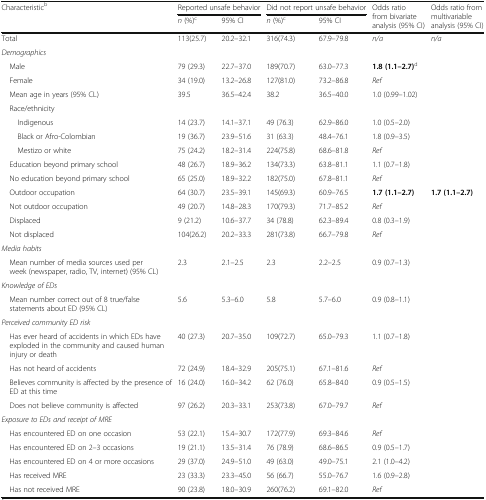
<table><thead><tr><td rowspan="2"><b>Characteristic<sup>b</sup></b></td><td colspan="2"><b>Reported unsafe behavior</b></td><td colspan="2"><b>Did not report unsafe behavior</b></td><td rowspan="2"><b>Odds ratio from bivariate analysis (95% CI)</b></td><td rowspan="2"><b>Odds ratio from multivariable analysis (95% CI)</b></td></tr><tr><td><b><i>n</i> (%)<sup>c</sup></b></td><td><b>95% CI</b></td><td><b><i>n</i> (%)<sup>c</sup></b></td><td><b>95% CI</b></td></tr></thead><tbody><tr><td>Total</td><td>113(25.7)</td><td>20.2–32.1</td><td>316(74.3)</td><td>67.9–79.8</td><td><i>n/a</i></td><td><i>n/a</i></td></tr><tr><td colspan="7"><i>Demographics</i></td></tr><tr><td> Male</td><td>79 (29.3)</td><td>22.7–37.0</td><td>189(70.7)</td><td>63.0–77.3</td><td><b>1.8 (1.1–2.7)</b><sup>d</sup></td><td></td></tr><tr><td> Female</td><td>34 (19.0)</td><td>13.2–26.8</td><td>127(81.0)</td><td>73.2–86.8</td><td><i>Ref</i></td><td></td></tr><tr><td> Mean age in years (95% CL)</td><td>39.5</td><td>36.5–42.4</td><td>38.2</td><td>36.5–40.0</td><td>1.0 (0.99–1.02)</td><td></td></tr><tr><td> Race/ethnicity</td><td></td><td></td><td></td><td></td><td></td><td></td></tr><tr><td>Indigenous</td><td>14 (23.7)</td><td>14.1–37.1</td><td>49 (76.3)</td><td>62.9–86.0</td><td>1.0 (0.5–2.0)</td><td></td></tr><tr><td>Black or Afro-Colombian</td><td>19 (36.7)</td><td>23.9–51.6</td><td>31 (63.3)</td><td>48.4–76.1</td><td>1.8 (0.9–3.5)</td><td></td></tr><tr><td>Mestizo or white</td><td>75 (24.2)</td><td>18.2–31.4</td><td>224(75.8)</td><td>68.6–81.8</td><td><i>Ref</i></td><td></td></tr><tr><td> Education beyond primary school</td><td>48 (26.7)</td><td>18.9–36.2</td><td>134(73.3)</td><td>63.8–81.1</td><td>1.1 (0.7–1.8)</td><td></td></tr><tr><td> No education beyond primary school</td><td>65 (25.0)</td><td>18.9–32.2</td><td>182(75.0)</td><td>67.8–81.1</td><td><i>Ref</i></td><td></td></tr><tr><td> Outdoor occupation</td><td>64 (30.7)</td><td>23.5–39.1</td><td>145(69.3)</td><td>60.9–76.5</td><td><b>1.7 (1.1–2.7)</b></td><td><b>1.7 (1.1–2.7)</b></td></tr><tr><td> Not outdoor occupation</td><td>49 (20.7)</td><td>14.8–28.3</td><td>170(79.3)</td><td>71.7–85.2</td><td><i>Ref</i></td><td></td></tr><tr><td> Displaced</td><td>9 (21.2)</td><td>10.6–37.7</td><td>34 (78.8)</td><td>62.3–89.4</td><td>0.8 (0.3–1.9)</td><td></td></tr><tr><td> Not displaced</td><td>104(26.2)</td><td>20.2–33.3</td><td>281(73.8)</td><td>66.7–79.8</td><td><i>Ref</i></td><td></td></tr><tr><td colspan="7"><i>Media habits</i></td></tr><tr><td> Mean number of media sources used per week (newspaper, radio, TV, internet) (95% CL)</td><td>2.3</td><td>2.1–2.5</td><td>2.3</td><td>2.2–2.5</td><td>0.9 (0.7–1.3)</td><td></td></tr><tr><td colspan="7"><i>Knowledge of EDs</i></td></tr><tr><td> Mean number correct out of 8 true/false statements about ED (95% CL)</td><td>5.6</td><td>5.3–6.0</td><td>5.8</td><td>5.7–6.0</td><td>0.9 (0.8–1.1)</td><td></td></tr><tr><td colspan="7"><i>Perceived community ED risk</i></td></tr><tr><td> Has ever heard of accidents in which EDs have exploded in the community and caused human injury or death</td><td>40 (27.3)</td><td>20.7–35.0</td><td>109(72.7)</td><td>65.0–79.3</td><td>1.1 (0.7–1.8)</td><td></td></tr><tr><td> Has not heard of accidents</td><td>72 (24.9)</td><td>18.4–32.9</td><td>205(75.1)</td><td>67.1–81.6</td><td><i>Ref</i></td><td></td></tr><tr><td> Believes community is affected by the presence of ED at this time</td><td>16 (24.0)</td><td>16.0–34.2</td><td>62 (76.0)</td><td>65.8–84.0</td><td>0.9 (0.5–1.5)</td><td></td></tr><tr><td> Does not believe community is affected</td><td>97 (26.2)</td><td>20.3–33.1</td><td>253(73.8)</td><td>67.0–79.7</td><td><i>Ref</i></td><td></td></tr><tr><td colspan="7"><i>Exposure to EDs and receipt of MRE</i></td></tr><tr><td> Has encountered ED on one occasion</td><td>53 (22.1)</td><td>15.4–30.7</td><td>172(77.9)</td><td>69.3–84.6</td><td><i>Ref</i></td><td></td></tr><tr><td> Has encountered ED on 2–3 occasions</td><td>19 (21.1)</td><td>13.5–31.4</td><td>76 (78.9)</td><td>68.6–86.5</td><td>0.9 (0.5–1.7)</td><td></td></tr><tr><td> Has encountered ED on 4 or more occasions</td><td>29 (37.0)</td><td>24.9–51.0</td><td>49 (63.0)</td><td>49.0–75.1</td><td>2.1 (1.0–4.2)</td><td></td></tr><tr><td> Has received MRE</td><td>23 (33.3)</td><td>23.3–45.0</td><td>56 (66.7)</td><td>55.0–76.7</td><td>1.6 (0.9–2.8)</td><td></td></tr><tr><td> Has not received MRE</td><td>90 (23.8)</td><td>18.0–30.9</td><td>260(76.2)</td><td>69.1–82.0</td><td><i>Ref</i></td><td></td></tr></tbody></table>